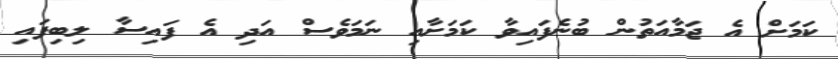
ކަމަށް އެ ޖަމާއަތުން ބުނެފައިވާ ކަމަށާއި ނަމަވެސް އަދި އެ ފައިސާ ލިބިފައި